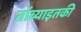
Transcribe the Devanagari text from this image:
तांब्याइतकी